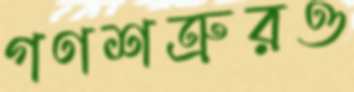
গণশত্রুরও